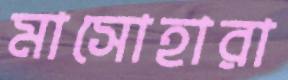
মাসোহারা